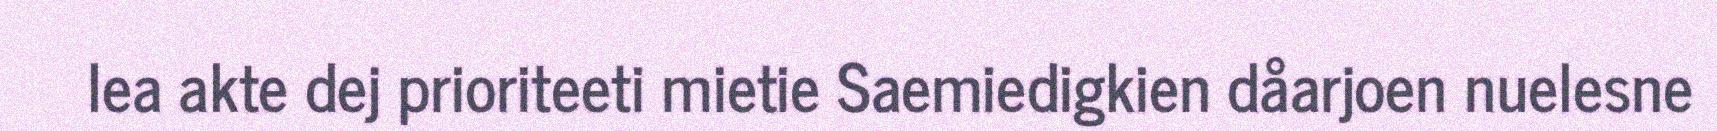
lea akte dej prioriteeti mietie Saemiedigkien dåarjoen nuelesne